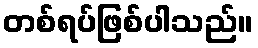
တစ်ရပ်ဖြစ်ပါသည်။